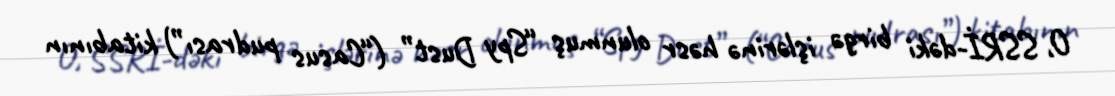
O, SSRİ-dəki birgə işlərinə həsr olunmuş “Spy Dust” (“Casus pudrası”) kitabının